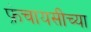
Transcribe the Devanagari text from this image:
फ्रंचायसीच्या